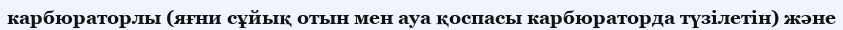
карбюраторлы (яғни сұйық отын мен ауа қоспасы карбюраторда түзілетін) және